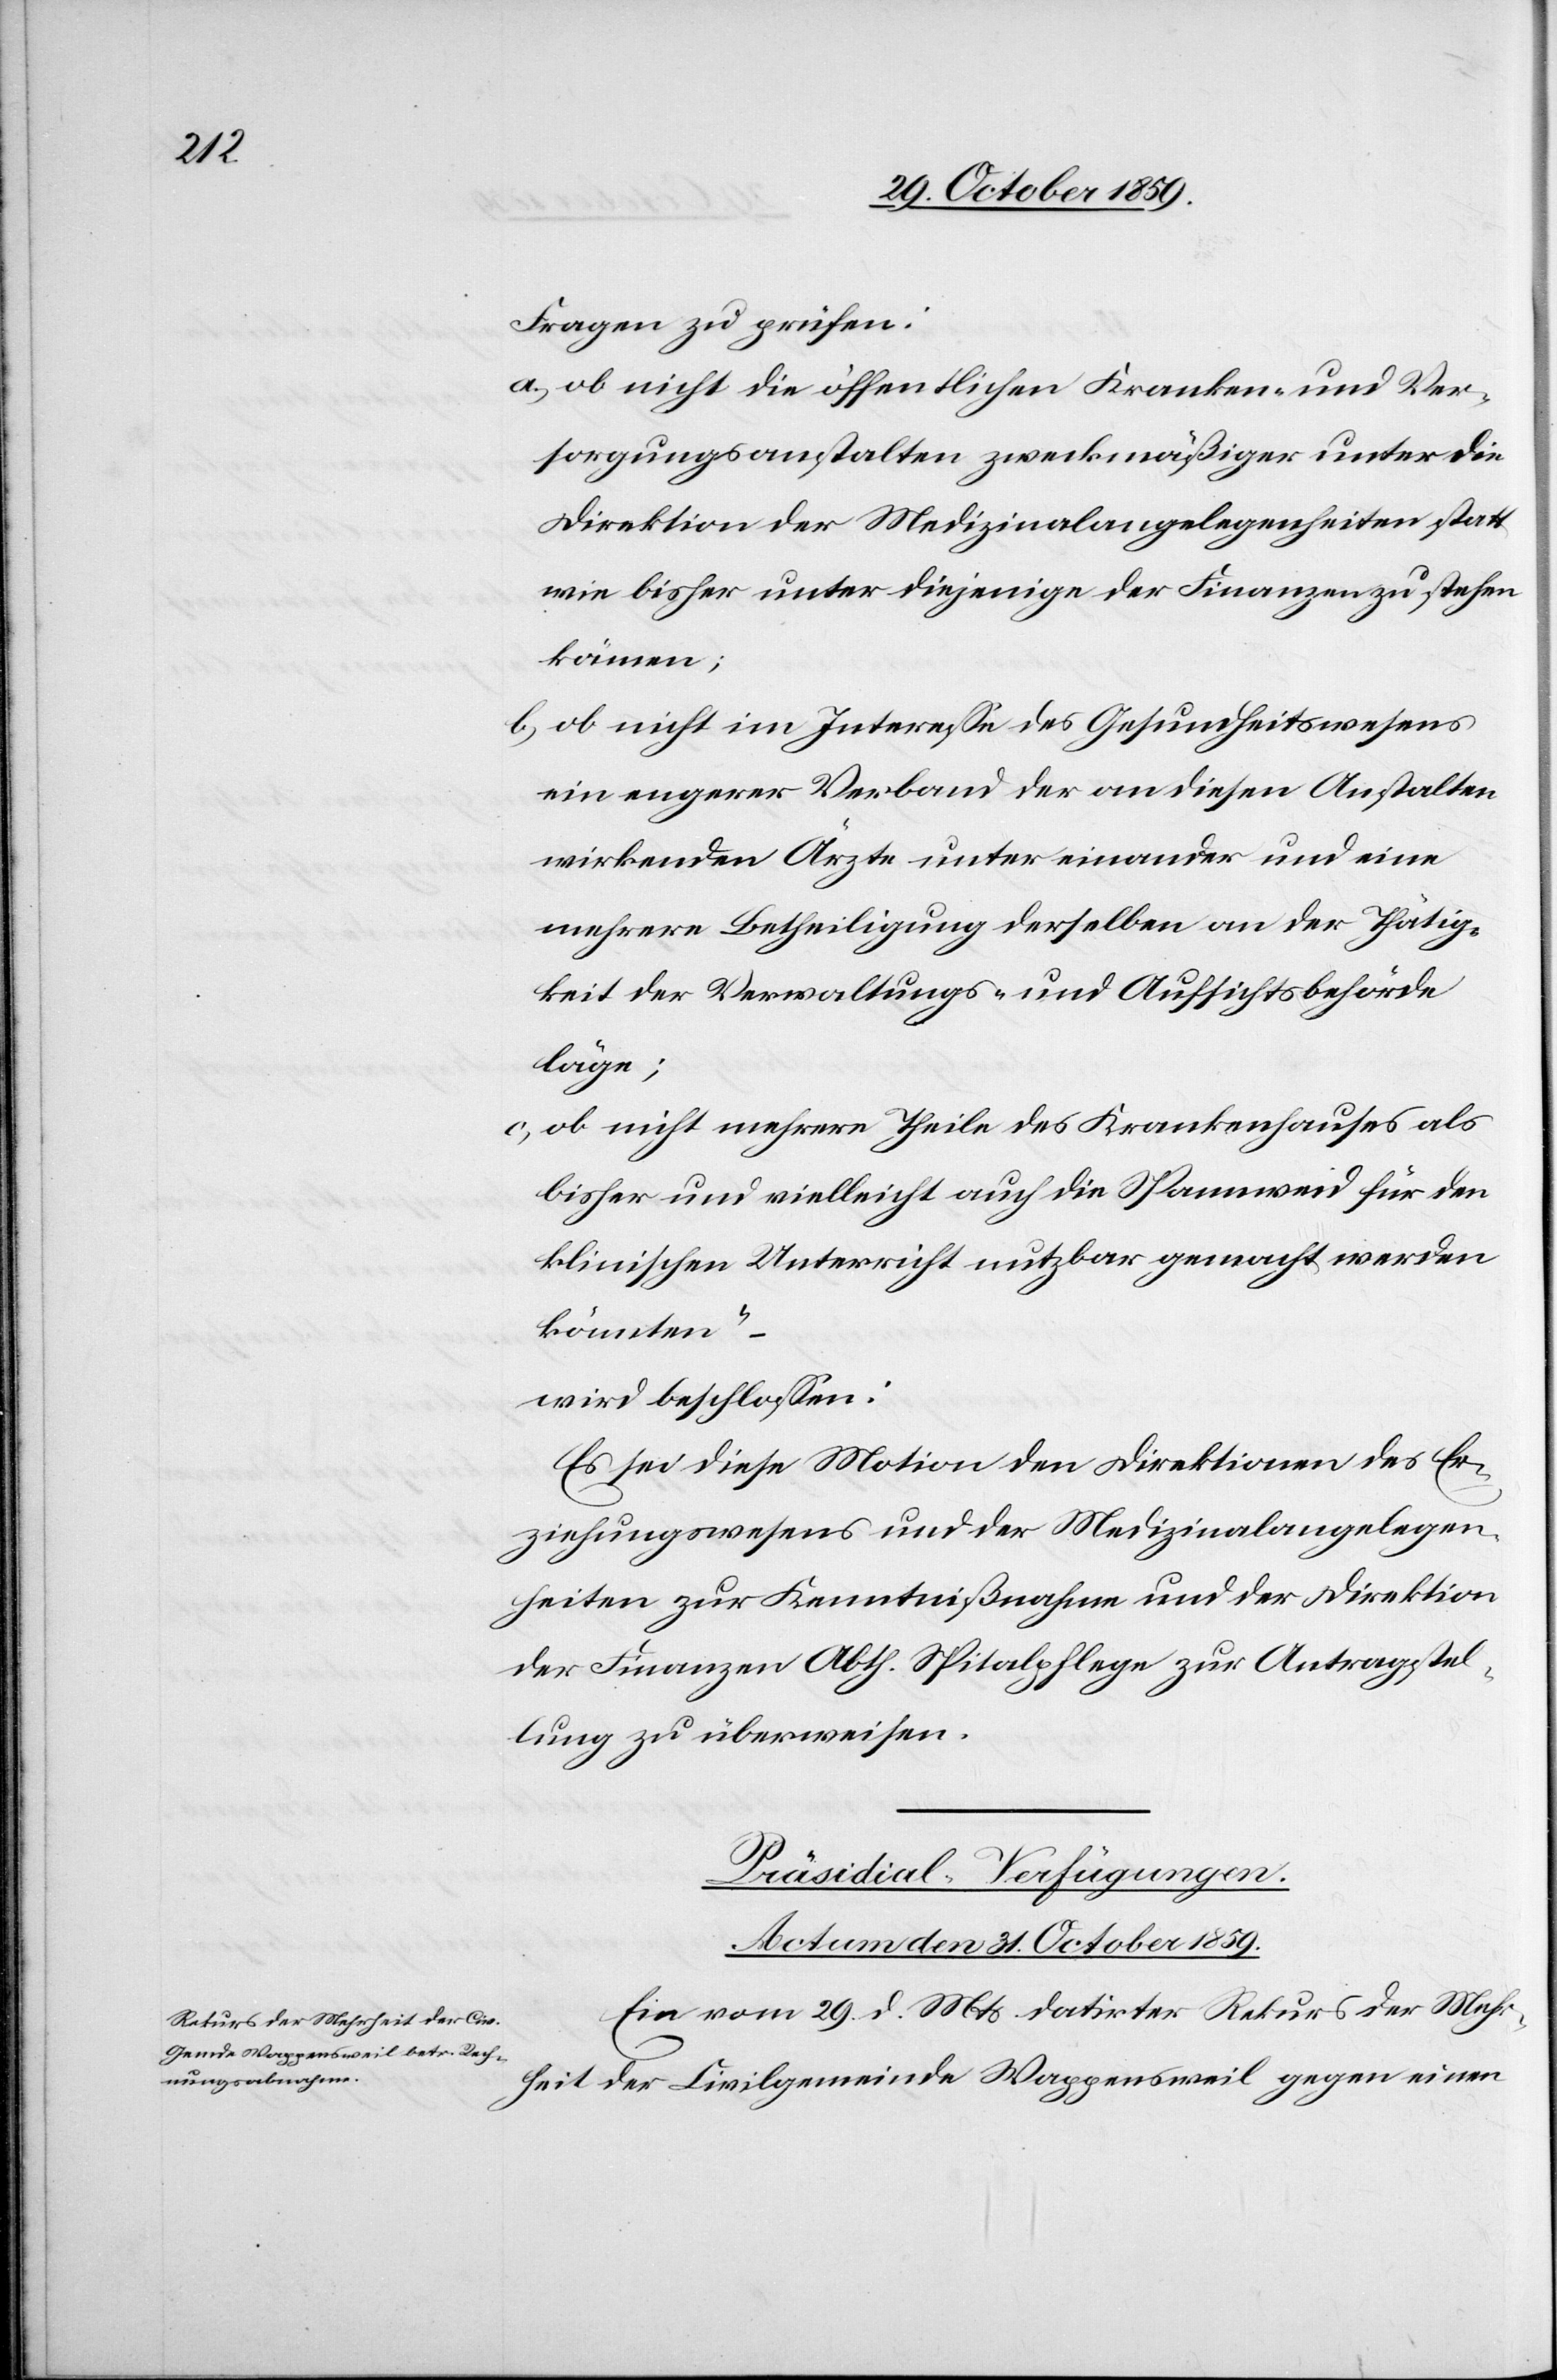
Fragen zu prüfen:
a) ob nicht die öffentlichen Kranken- und Ver¬
sorgungsanstalten zweckmäßiger unter die
Direktion der Medizinalangelegenheiten statt
wie bisher unter diejenige der Finanzen zu stehen
b) ob nicht im Interesse des Gesundheitswesens
ein engerer Verband der an diesen Anstalten
wirkenden Ärzte unter einander und eine
mehrere Betheiligung derselben an der Thätig¬
keit der Verwaltungs- und Aufsichtsbehörde
läge;
c) ob nicht mehrere Theile des Krankenhauses als
bisher und vielleicht auch die Spannweid für den
klinischen Unterricht nutzbar gemacht werden
könnten“ –
wird beschlossen:
Es sei diese Motion den Direktionen des Er¬
ziehungswesens und der Medizinalangelegen¬
heiten zu Kenntnißgabe und der Direktion
der Finanzen Abth. Spitalpflege zur Antragstel¬
lung zu überweisen.
Präsidial-Verfügungen.
Actum den 31. October 1859.
Ein vom 29. d. Mts. datirter Rekurs der Mehr¬
heit der Civilgemeinde Wappensweil gegen einen